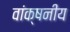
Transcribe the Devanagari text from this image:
वांक्षनीय